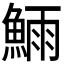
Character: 𬵗